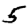
Digit: 5